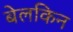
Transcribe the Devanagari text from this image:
बेलकिन